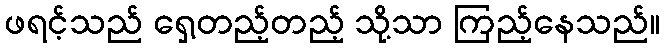
ဖရင့်သည် ရှေ့တည့်တည့် သို့သာ ကြည့်နေသည်။